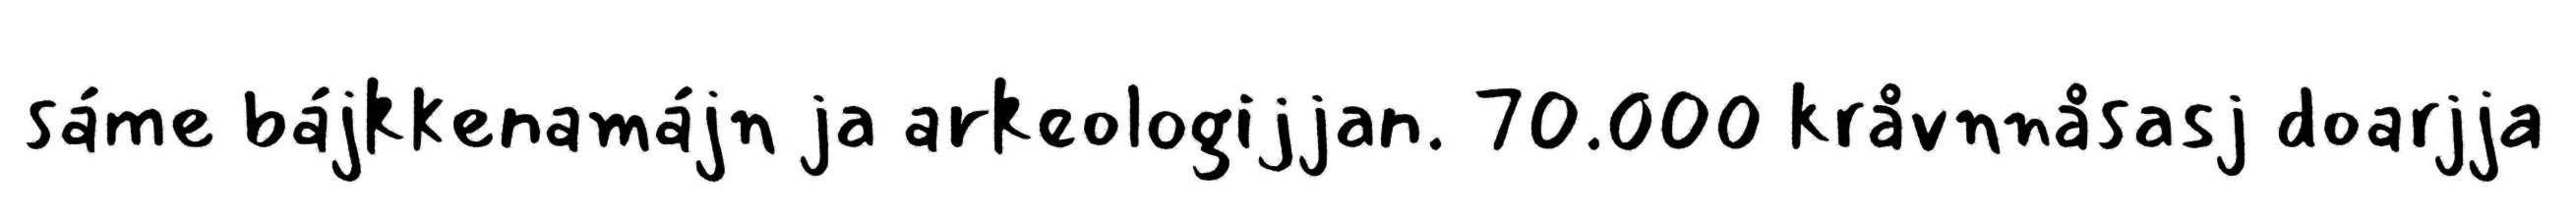
sáme bájkkenamájn ja arkeologijjan. 70.000 kråvnnåsasj doarjja